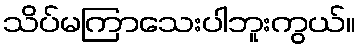
သိပ်မကြာသေးပါဘူးကွယ်။